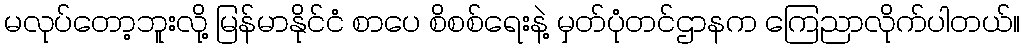
မလုပ်တော့ဘူးလို့ မြန်မာနိုင်ငံ စာပေ စိစစ်ရေးနဲ့ မှတ်ပုံတင်ဌာနက ကြေညာလိုက်ပါတယ်။